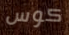
كوس